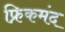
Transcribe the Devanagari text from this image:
फ्रिकमंद